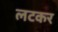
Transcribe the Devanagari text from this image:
लटकर